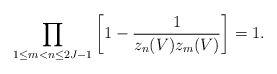
\begin{align*}\prod_{1\le m<n\le 2J-1}\left[1-\frac{1}{z_n(V)z_m(V)}\right]=1.\end{align*}